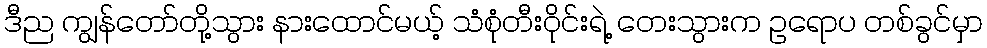
ဒီည ကျွန်တော်တို့သွား နားထောင်မယ့် သံစုံတီးဝိုင်းရဲ့ တေးသွားက ဥရောပ တစ်ခွင်မှာ